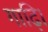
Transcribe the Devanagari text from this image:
गाढ़ि।